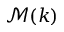
\mathcal M ( k )